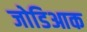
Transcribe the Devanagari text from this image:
जोडिआक